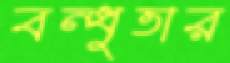
বন্ধুতার